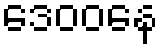
ဒေဝဝနေ